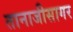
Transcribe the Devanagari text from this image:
तानाजीसागर